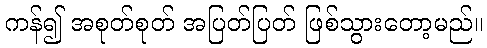
ကန်၍ အစုတ်စုတ် အပြတ်ပြတ် ဖြစ်သွားတော့မည်။